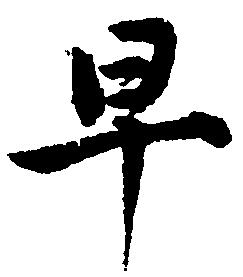
早